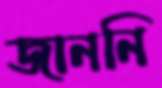
জাননি